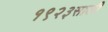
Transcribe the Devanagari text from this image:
१९२३साली